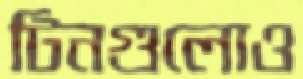
টিনগুলোও